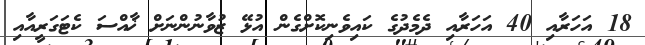
18 އަހަރާއި 40 އަހަރާއި ދެމެދުގެ ކައިވެނިކޮށްގެން އުޅޭ ޒުވާނުންނަށް ޚާއްސަ ކެޓަގަރީއާއި